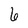
Character: 6